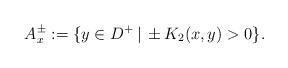
LaTeX: \begin{align*}A^\pm_x:=\{y\in D^+\,|\, \pm K_2(x,y)>0\}.\end{align*}